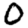
Digit: 0